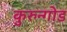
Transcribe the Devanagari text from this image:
कुरुन्गोड